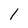
Character: 1